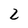
Character: 2